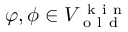
\varphi , \phi \in V _ { \mathrm { ~ o ~ l ~ d ~ } } ^ { \mathrm { ~ k ~ i ~ n ~ } }